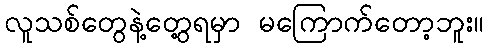
လူသစ်တွေနဲ့တွေ့ရမှာ မကြောက်တော့ဘူး။